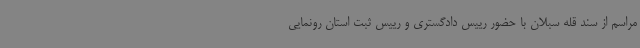
مراسم از سند قله سبلان با حضور رییس دادگستری و رییس ثبت استان رونمایی